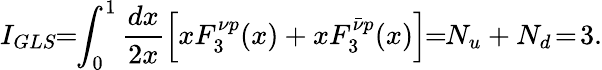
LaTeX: I_{GLS}\! \! =\! \! \int_{0}^{1}\frac{dx}{2x}\left[xF_{3}^{\nu p}(x)+xF_{3}^{\bar{\nu}p}(x)\right]\! \! =\! \! N_{u}+N_{d}\! =\! 3.